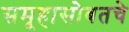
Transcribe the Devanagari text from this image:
समूहासोबतचे